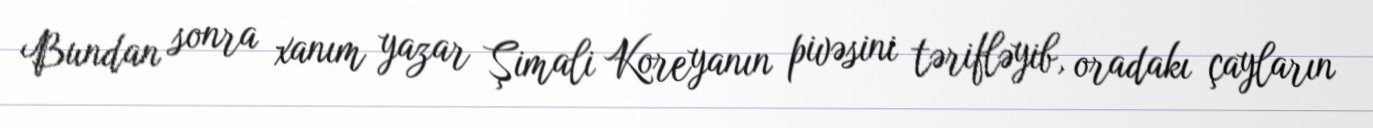
Bundan sonra xanım yazar Şimali Koreyanın pivəsini tərifləyib, oradakı çayların